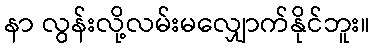
နာ လွန်းလို့လမ်းမလျှောက်နိုင်ဘူး။